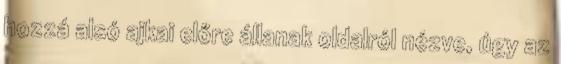
hozzá alsó ajkai előre állanak oldalról nézve, úgy az